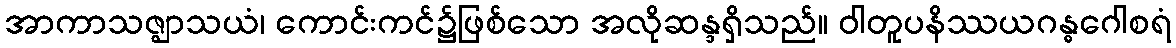
အာကာသဇ္ဈာသယံ၊ ကောင်းကင်၌ဖြစ်သော အလိုဆန္ဒရှိသည်။ ဝါတူပနိဿယဂန္ဓဂေါစရံ